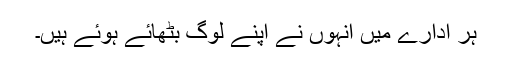
ہر ادارے میں انہوں نے اپنے لوگ بٹھائے ہوئے ہیں۔